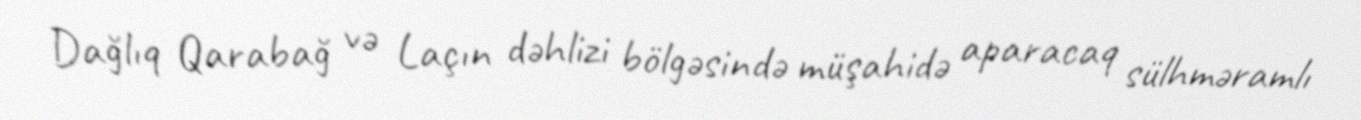
Dağlıq Qarabağ və Laçın dəhlizi bölgəsində müşahidə aparacaq sülhməramlı